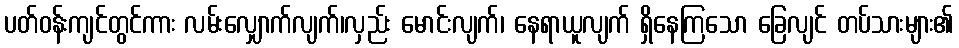
ပတ်ဝန်းကျင်တွင်ကား လမ်းလျှောက်လျက်၊လှည်း မောင်းလျက်၊ နေရာယူလျက် ရှိနေကြသော ခြေလျင် တပ်သားများ၏